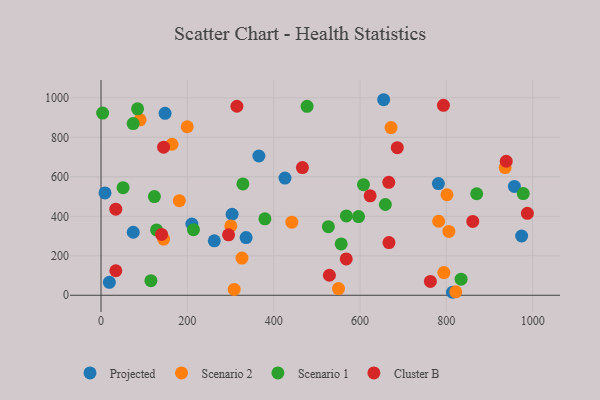
{"axis": {"x": "Ad Spend", "y": "Exam Score"}, "legend": ["Cluster B", "Projected", "Scenario 1", "Scenario 2"], "data": [{"x": "336.1", "y": 292.0, "type": "Projected"}, {"x": "74.6", "y": 319.1, "type": "Projected"}, {"x": "814.2", "y": 15.2, "type": "Projected"}, {"x": "654.8", "y": 990.4, "type": "Projected"}, {"x": "262.4", "y": 276.0, "type": "Projected"}, {"x": "9.2", "y": 518.6, "type": "Projected"}, {"x": "426.2", "y": 593.8, "type": "Projected"}, {"x": "210.5", "y": 361.0, "type": "Projected"}, {"x": "957.7", "y": 551.4, "type": "Projected"}, {"x": "148.4", "y": 921.3, "type": "Projected"}, {"x": "303.7", "y": 410.3, "type": "Projected"}, {"x": "974.5", "y": 300.1, "type": "Projected"}, {"x": "19.3", "y": 65.8, "type": "Projected"}, {"x": "365.7", "y": 705.4, "type": "Projected"}, {"x": "781.6", "y": 565.9, "type": "Projected"}, {"x": "782.2", "y": 374.8, "type": "Scenario 2"}, {"x": "794.3", "y": 115.1, "type": "Scenario 2"}, {"x": "801.5", "y": 509.1, "type": "Scenario 2"}, {"x": "300.7", "y": 351.0, "type": "Scenario 2"}, {"x": "90.5", "y": 888.5, "type": "Scenario 2"}, {"x": "145.0", "y": 284.6, "type": "Scenario 2"}, {"x": "550.2", "y": 34.1, "type": "Scenario 2"}, {"x": "936.4", "y": 646.8, "type": "Scenario 2"}, {"x": "326.5", "y": 188.5, "type": "Scenario 2"}, {"x": "821.8", "y": 17.5, "type": "Scenario 2"}, {"x": "308.5", "y": 29.8, "type": "Scenario 2"}, {"x": "199.7", "y": 853.5, "type": "Scenario 2"}, {"x": "671.9", "y": 849.5, "type": "Scenario 2"}, {"x": "181.4", "y": 479.2, "type": "Scenario 2"}, {"x": "442.1", "y": 370.3, "type": "Scenario 2"}, {"x": "164.5", "y": 764.8, "type": "Scenario 2"}, {"x": "805.9", "y": 323.5, "type": "Scenario 2"}, {"x": "834.2", "y": 81.3, "type": "Scenario 1"}, {"x": "658.8", "y": 459.7, "type": "Scenario 1"}, {"x": "115.6", "y": 73.7, "type": "Scenario 1"}, {"x": "526.7", "y": 347.2, "type": "Scenario 1"}, {"x": "84.7", "y": 944.5, "type": "Scenario 1"}, {"x": "328.7", "y": 563.8, "type": "Scenario 1"}, {"x": "870.4", "y": 514.3, "type": "Scenario 1"}, {"x": "978.3", "y": 515.0, "type": "Scenario 1"}, {"x": "123.6", "y": 499.8, "type": "Scenario 1"}, {"x": "51.1", "y": 545.2, "type": "Scenario 1"}, {"x": "477.4", "y": 957.2, "type": "Scenario 1"}, {"x": "556.4", "y": 259.9, "type": "Scenario 1"}, {"x": "214.2", "y": 332.1, "type": "Scenario 1"}, {"x": "568.4", "y": 401.8, "type": "Scenario 1"}, {"x": "379.7", "y": 387.0, "type": "Scenario 1"}, {"x": "128.7", "y": 330.9, "type": "Scenario 1"}, {"x": "608.1", "y": 560.0, "type": "Scenario 1"}, {"x": "3.7", "y": 923.0, "type": "Scenario 1"}, {"x": "596.6", "y": 398.8, "type": "Scenario 1"}, {"x": "74.4", "y": 869.8, "type": "Scenario 1"}, {"x": "861.3", "y": 373.9, "type": "Cluster B"}, {"x": "34.3", "y": 124.1, "type": "Cluster B"}, {"x": "34.2", "y": 436.3, "type": "Cluster B"}, {"x": "295.5", "y": 306.3, "type": "Cluster B"}, {"x": "987.8", "y": 415.2, "type": "Cluster B"}, {"x": "314.8", "y": 957.4, "type": "Cluster B"}, {"x": "145.0", "y": 750.2, "type": "Cluster B"}, {"x": "466.6", "y": 647.0, "type": "Cluster B"}, {"x": "793.3", "y": 962.1, "type": "Cluster B"}, {"x": "568.1", "y": 183.9, "type": "Cluster B"}, {"x": "666.7", "y": 571.9, "type": "Cluster B"}, {"x": "763.1", "y": 70.1, "type": "Cluster B"}, {"x": "140.3", "y": 308.1, "type": "Cluster B"}, {"x": "686.4", "y": 747.4, "type": "Cluster B"}, {"x": "938.8", "y": 678.8, "type": "Cluster B"}, {"x": "623.5", "y": 503.9, "type": "Cluster B"}, {"x": "529.1", "y": 101.5, "type": "Cluster B"}, {"x": "667.1", "y": 267.1, "type": "Cluster B"}]}